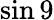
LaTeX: \sin 9